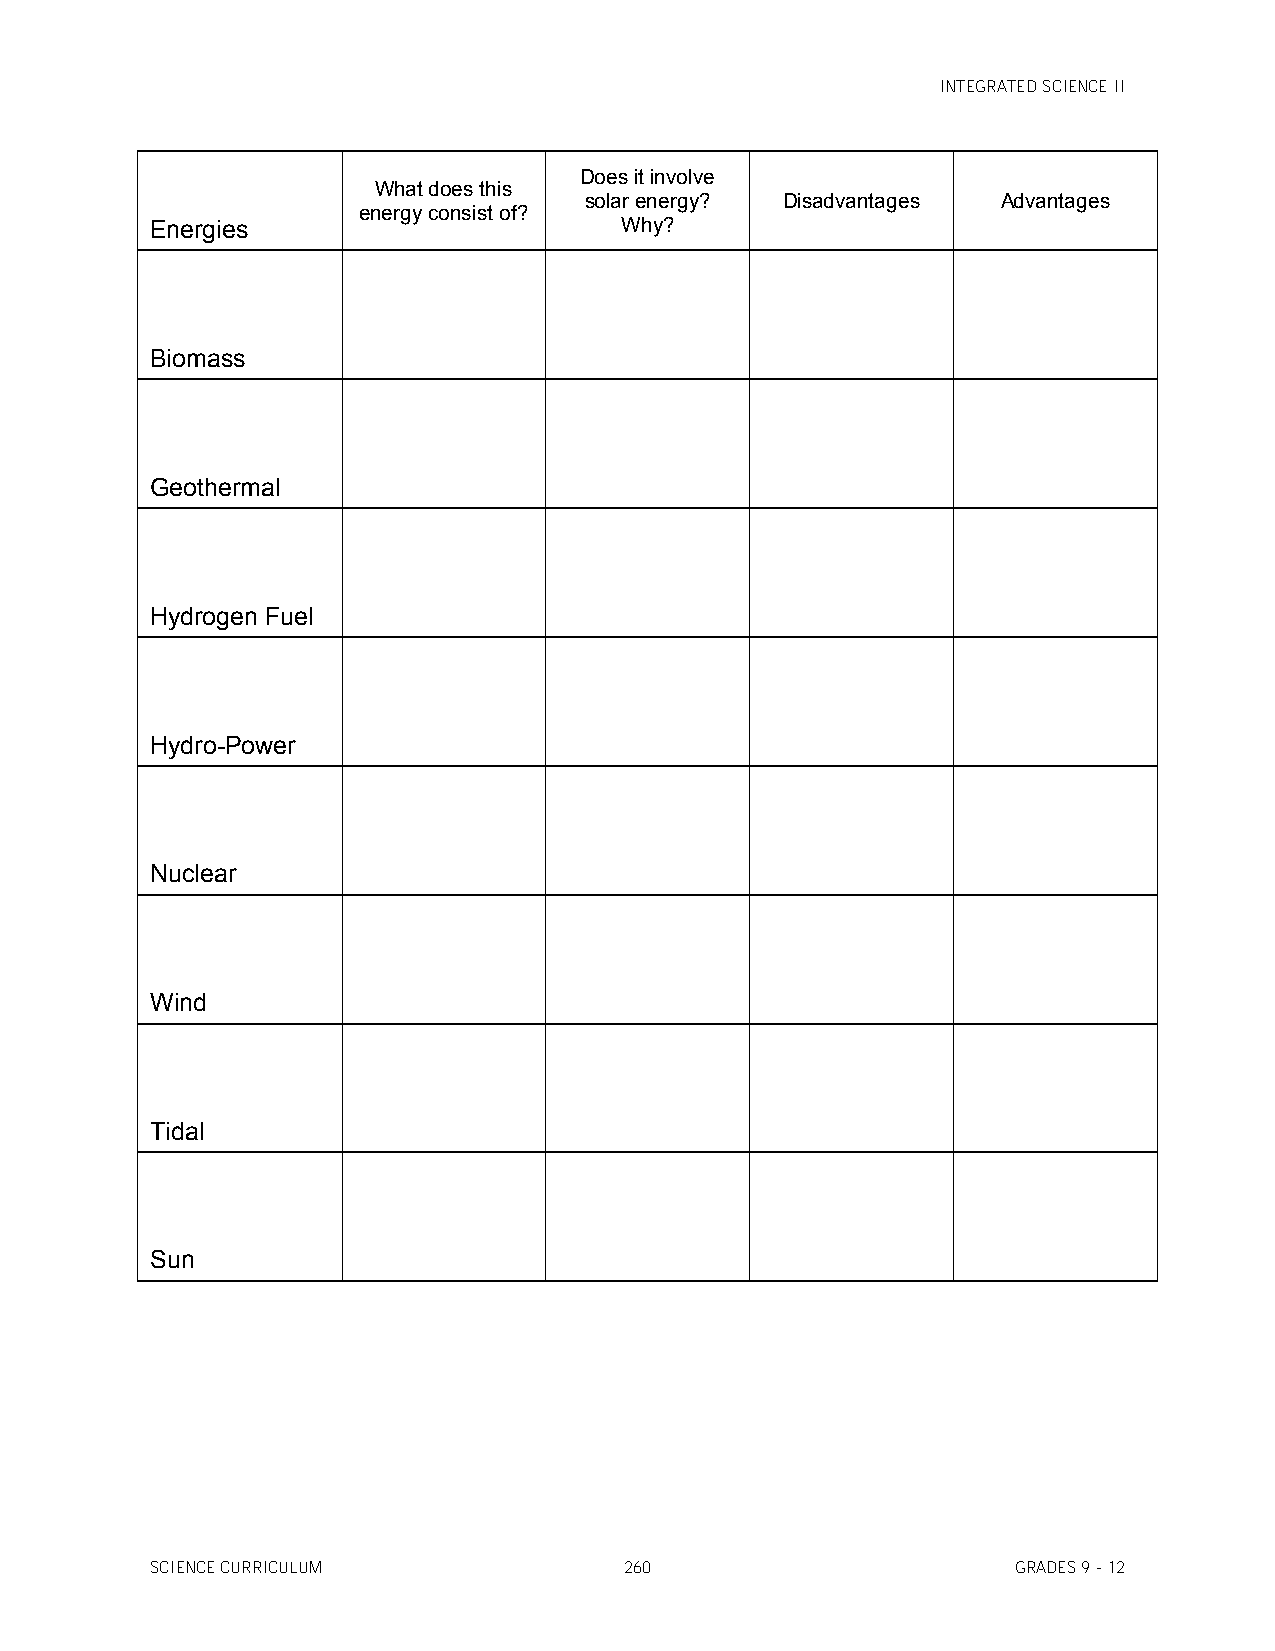
INTEGRATED SCIENCE II
 Does it involve
 What does this
 solar energy? Disadvantages Advantages
 energy consist of?
 Energies                       Why?
 Biomass
 Geothermal
 Hydrogen Fuel
 Hydro-Power
 Nuclear
 Wind
 Tidal
 Sun
 SCIENCE CURRICULUM             260                       GRADES 9 - 12